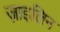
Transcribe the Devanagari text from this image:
ज़ाइलिन